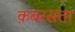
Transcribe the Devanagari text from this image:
क़बरसता